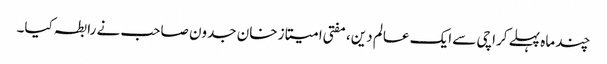
چند ماہ پہلے کراچی سے ایک عالم دین، مفتی امیتاز خان جدون صاحب نے رابطہ کیا۔